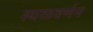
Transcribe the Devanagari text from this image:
स्थळवर्णन